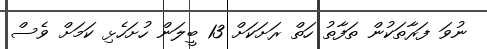
ނުވަ ފަރާތަކުން ތަފާތު ހަތް ރަށަކަށް 13 ބީލަން ހުށަހެޅި ކަމަށް ވެސް